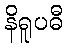
နိရူပဓီ